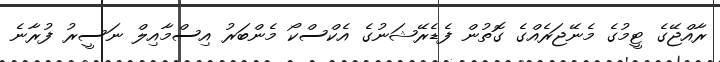
ރާއްޖޭގެ ޓީމުގެ މެނޭޖަރެއްގެ ގޮތުން ފެޑެރޭޝަނުގެ އެކްސްކޯ މެންބަރު އިސްމާއިލް ނަސީރު ފުރާނެ